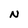
Character: N